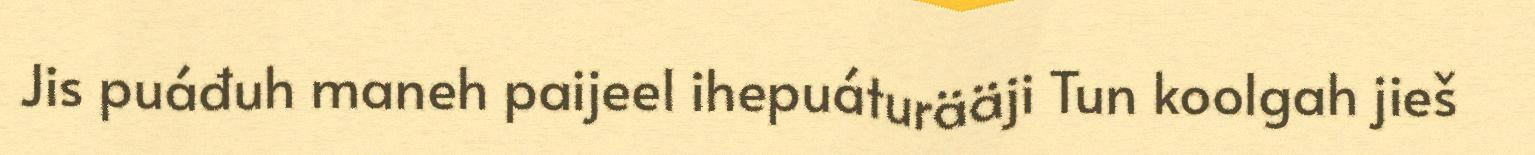
Jis puáđuh maneh paijeel ihepuáturääji Tun koolgah jieš